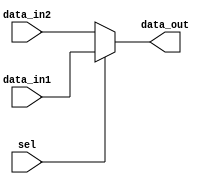
module mux_2x1_5bit(data_out,data_in1,data_in2,sel);
input [4:0]data_in1,data_in2;
output [4:0]data_out;
input sel;
assign data_out=sel?data_in1:data_in2;
endmodule